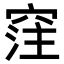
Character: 𥦠